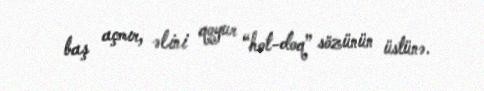
baş açmır, əlini qoyur “hot-doq” sözünün üstünə.